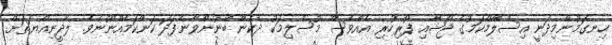
ހިނގަމުންމިދަނީ އިސްލާމްކަމުގެ ޖޯޝާއި ފޯރިހުރި އެއްވެސް މުސްލިމަކު ދެކެން ބޭނުންވާނެފަދަ ކަންކަމެއްނޫނެވެ. ލާދީނިއްޔަތަށް